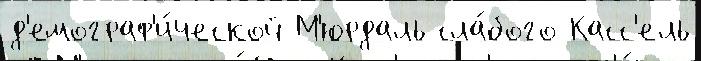
д'емограф'и́ческой М'юрдаль сла́бого Касс'ель